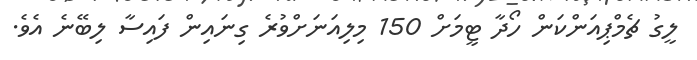
ލީގު ޗެމްޕިއަންކަން ހޯދާ ޓީމަށް 150 މިލިއަނަށްވުރެ ގިނައިން ފައިސާ ލިބޭނެ އެވެ.